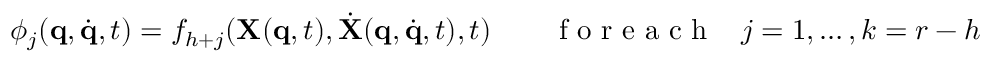
\phi _ { j } ( { \bf q } , { \dot { \bf q } } , t ) = f _ { h + j } ( { \bf X } ( { \bf q } , t ) , { \dot { \bf X } } ( { \bf q } , { \dot { \bf q } } , t ) , t ) \qquad \textrm { f o r e a c h } \; \; \; j = 1 , \dots , k = r - h